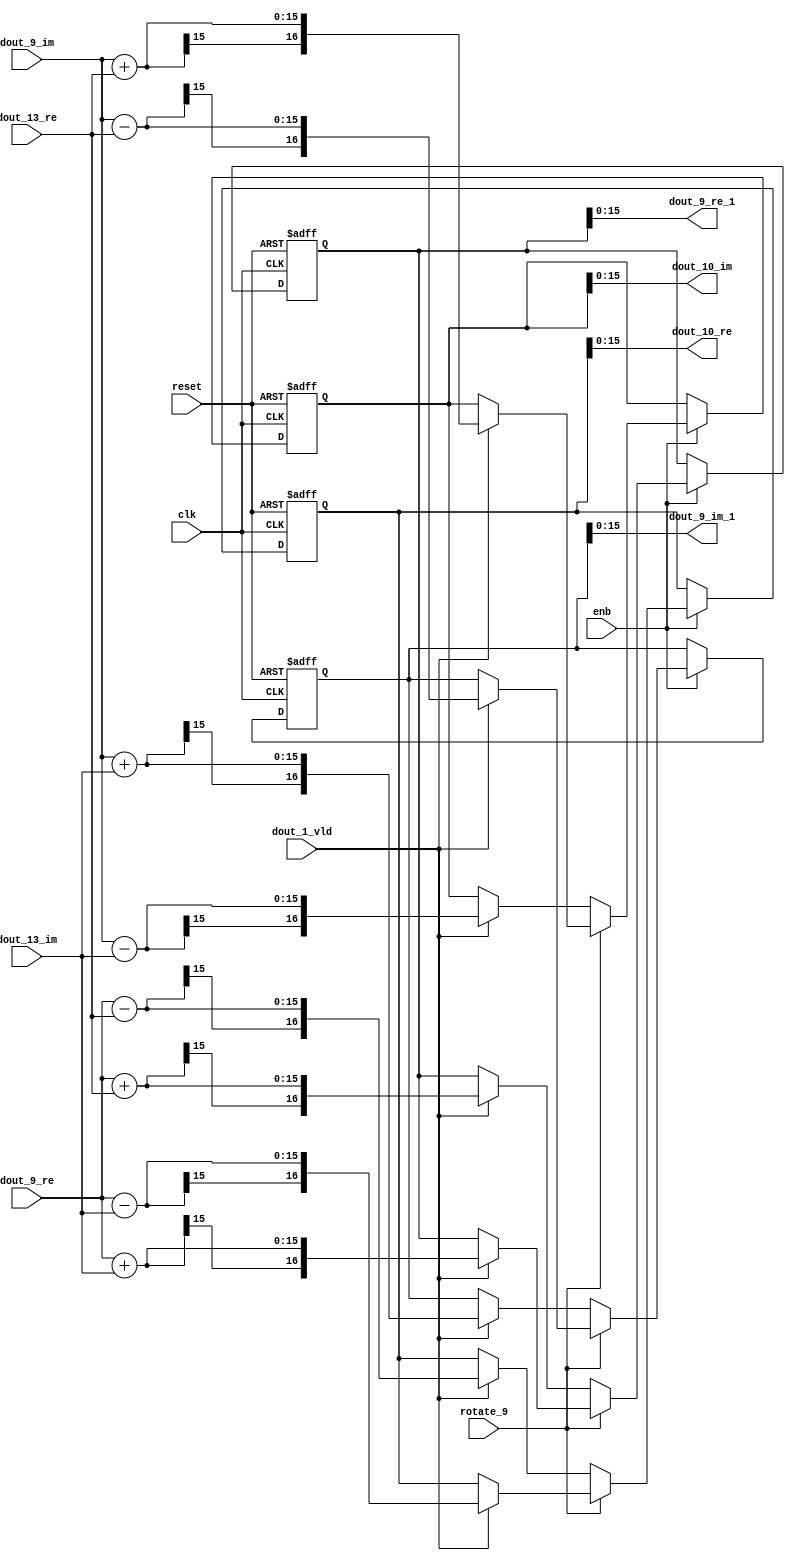
// -------------------------------------------------------------
// 
// 
// Generated by MATLAB 9.14 and HDL Coder 4.1
// 
// -------------------------------------------------------------


// -------------------------------------------------------------
// 
// Module: RADIX22FFT_SDNF2_4_block3
// Source Path: RSP/RSP/Velocity Processor/Doppler Processing/Doppler Processor/FFT/RADIX22FFT_SDNF2_4
// Hierarchy Level: 5
// 
// -------------------------------------------------------------

`timescale 1 ns / 1 ns

module RADIX22FFT_SDNF2_4_block3
          (clk,
           reset,
           enb,
           rotate_9,
           dout_9_re,
           dout_9_im,
           dout_13_re,
           dout_13_im,
           dout_1_vld,
           dout_9_re_1,
           dout_9_im_1,
           dout_10_re,
           dout_10_im);


  input   clk;
  input   reset;
  input   enb;
  input   rotate_9;  // ufix1
  input   signed [14:0] dout_9_re;  // sfix15_En10
  input   signed [14:0] dout_9_im;  // sfix15_En10
  input   signed [14:0] dout_13_re;  // sfix15_En10
  input   signed [14:0] dout_13_im;  // sfix15_En10
  input   dout_1_vld;
  output  signed [15:0] dout_9_re_1;  // sfix16_En10
  output  signed [15:0] dout_9_im_1;  // sfix16_En10
  output  signed [15:0] dout_10_re;  // sfix16_En10
  output  signed [15:0] dout_10_im;  // sfix16_En10


  wire signed [15:0] din1_re;  // sfix16_En10
  wire signed [15:0] din1_im;  // sfix16_En10
  wire signed [15:0] din2_re;  // sfix16_En10
  wire signed [15:0] din2_im;  // sfix16_En10
  reg  Radix22ButterflyG2_NF_din_vld_dly;
  reg signed [16:0] Radix22ButterflyG2_NF_btf1_re_reg;  // sfix17
  reg signed [16:0] Radix22ButterflyG2_NF_btf1_im_reg;  // sfix17
  reg signed [16:0] Radix22ButterflyG2_NF_btf2_re_reg;  // sfix17
  reg signed [16:0] Radix22ButterflyG2_NF_btf2_im_reg;  // sfix17
  reg  Radix22ButterflyG2_NF_din_vld_dly_next;
  reg signed [16:0] Radix22ButterflyG2_NF_btf1_re_reg_next;  // sfix17_En10
  reg signed [16:0] Radix22ButterflyG2_NF_btf1_im_reg_next;  // sfix17_En10
  reg signed [16:0] Radix22ButterflyG2_NF_btf2_re_reg_next;  // sfix17_En10
  reg signed [16:0] Radix22ButterflyG2_NF_btf2_im_reg_next;  // sfix17_En10
  reg signed [15:0] dout_9_re_2;  // sfix16_En10
  reg signed [15:0] dout_9_im_2;  // sfix16_En10
  reg signed [15:0] dout_10_re_1;  // sfix16_En10
  reg signed [15:0] dout_10_im_1;  // sfix16_En10
  reg  dout_4_vld;
  reg signed [16:0] Radix22ButterflyG2_NF_add_cast;  // sfix17_En10
  reg signed [16:0] Radix22ButterflyG2_NF_add_cast_0;  // sfix17_En10
  reg signed [16:0] Radix22ButterflyG2_NF_add_cast_1;  // sfix17_En10
  reg signed [16:0] Radix22ButterflyG2_NF_add_cast_2;  // sfix17_En10
  reg signed [16:0] Radix22ButterflyG2_NF_sub_cast;  // sfix17_En10
  reg signed [16:0] Radix22ButterflyG2_NF_sub_cast_0;  // sfix17_En10
  reg signed [16:0] Radix22ButterflyG2_NF_sub_cast_1;  // sfix17_En10
  reg signed [16:0] Radix22ButterflyG2_NF_sub_cast_2;  // sfix17_En10
  reg signed [16:0] Radix22ButterflyG2_NF_add_cast_3;  // sfix17_En10
  reg signed [16:0] Radix22ButterflyG2_NF_add_cast_4;  // sfix17_En10
  reg signed [16:0] Radix22ButterflyG2_NF_add_cast_5;  // sfix17_En10
  reg signed [16:0] Radix22ButterflyG2_NF_add_cast_6;  // sfix17_En10
  reg signed [16:0] Radix22ButterflyG2_NF_sub_cast_3;  // sfix17_En10
  reg signed [16:0] Radix22ButterflyG2_NF_sub_cast_4;  // sfix17_En10
  reg signed [16:0] Radix22ButterflyG2_NF_sub_cast_5;  // sfix17_En10
  reg signed [16:0] Radix22ButterflyG2_NF_sub_cast_6;  // sfix17_En10


  assign din1_re = {dout_9_re[14], dout_9_re};



  assign din1_im = {dout_9_im[14], dout_9_im};



  assign din2_re = {dout_13_re[14], dout_13_re};



  assign din2_im = {dout_13_im[14], dout_13_im};



  // Radix22ButterflyG2_NF
  always @(posedge clk or posedge reset)
    begin : Radix22ButterflyG2_NF_process
      if (reset == 1'b1) begin
        Radix22ButterflyG2_NF_din_vld_dly <= 1'b0;
        Radix22ButterflyG2_NF_btf1_re_reg <= 17'sb00000000000000000;
        Radix22ButterflyG2_NF_btf1_im_reg <= 17'sb00000000000000000;
        Radix22ButterflyG2_NF_btf2_re_reg <= 17'sb00000000000000000;
        Radix22ButterflyG2_NF_btf2_im_reg <= 17'sb00000000000000000;
      end
      else begin
        if (enb) begin
          Radix22ButterflyG2_NF_din_vld_dly <= Radix22ButterflyG2_NF_din_vld_dly_next;
          Radix22ButterflyG2_NF_btf1_re_reg <= Radix22ButterflyG2_NF_btf1_re_reg_next;
          Radix22ButterflyG2_NF_btf1_im_reg <= Radix22ButterflyG2_NF_btf1_im_reg_next;
          Radix22ButterflyG2_NF_btf2_re_reg <= Radix22ButterflyG2_NF_btf2_re_reg_next;
          Radix22ButterflyG2_NF_btf2_im_reg <= Radix22ButterflyG2_NF_btf2_im_reg_next;
        end
      end
    end

  always @(Radix22ButterflyG2_NF_btf1_im_reg, Radix22ButterflyG2_NF_btf1_re_reg,
       Radix22ButterflyG2_NF_btf2_im_reg, Radix22ButterflyG2_NF_btf2_re_reg,
       Radix22ButterflyG2_NF_din_vld_dly, din1_im, din1_re, din2_im, din2_re,
       dout_1_vld, rotate_9) begin
    Radix22ButterflyG2_NF_add_cast_1 = 17'sb00000000000000000;
    Radix22ButterflyG2_NF_add_cast_2 = 17'sb00000000000000000;
    Radix22ButterflyG2_NF_sub_cast_1 = 17'sb00000000000000000;
    Radix22ButterflyG2_NF_sub_cast_2 = 17'sb00000000000000000;
    Radix22ButterflyG2_NF_add_cast_5 = 17'sb00000000000000000;
    Radix22ButterflyG2_NF_add_cast_6 = 17'sb00000000000000000;
    Radix22ButterflyG2_NF_sub_cast_5 = 17'sb00000000000000000;
    Radix22ButterflyG2_NF_sub_cast_6 = 17'sb00000000000000000;
    Radix22ButterflyG2_NF_add_cast = 17'sb00000000000000000;
    Radix22ButterflyG2_NF_add_cast_0 = 17'sb00000000000000000;
    Radix22ButterflyG2_NF_sub_cast = 17'sb00000000000000000;
    Radix22ButterflyG2_NF_sub_cast_0 = 17'sb00000000000000000;
    Radix22ButterflyG2_NF_add_cast_3 = 17'sb00000000000000000;
    Radix22ButterflyG2_NF_add_cast_4 = 17'sb00000000000000000;
    Radix22ButterflyG2_NF_sub_cast_3 = 17'sb00000000000000000;
    Radix22ButterflyG2_NF_sub_cast_4 = 17'sb00000000000000000;
    Radix22ButterflyG2_NF_btf1_re_reg_next = Radix22ButterflyG2_NF_btf1_re_reg;
    Radix22ButterflyG2_NF_btf1_im_reg_next = Radix22ButterflyG2_NF_btf1_im_reg;
    Radix22ButterflyG2_NF_btf2_re_reg_next = Radix22ButterflyG2_NF_btf2_re_reg;
    Radix22ButterflyG2_NF_btf2_im_reg_next = Radix22ButterflyG2_NF_btf2_im_reg;
    Radix22ButterflyG2_NF_din_vld_dly_next = dout_1_vld;
    if (rotate_9 != 1'b0) begin
      if (dout_1_vld) begin
        Radix22ButterflyG2_NF_add_cast_1 = {din1_re[15], din1_re};
        Radix22ButterflyG2_NF_add_cast_2 = {din2_im[15], din2_im};
        Radix22ButterflyG2_NF_btf1_re_reg_next = Radix22ButterflyG2_NF_add_cast_1 + Radix22ButterflyG2_NF_add_cast_2;
        Radix22ButterflyG2_NF_sub_cast_1 = {din1_re[15], din1_re};
        Radix22ButterflyG2_NF_sub_cast_2 = {din2_im[15], din2_im};
        Radix22ButterflyG2_NF_btf2_re_reg_next = Radix22ButterflyG2_NF_sub_cast_1 - Radix22ButterflyG2_NF_sub_cast_2;
        Radix22ButterflyG2_NF_add_cast_5 = {din1_im[15], din1_im};
        Radix22ButterflyG2_NF_add_cast_6 = {din2_re[15], din2_re};
        Radix22ButterflyG2_NF_btf2_im_reg_next = Radix22ButterflyG2_NF_add_cast_5 + Radix22ButterflyG2_NF_add_cast_6;
        Radix22ButterflyG2_NF_sub_cast_5 = {din1_im[15], din1_im};
        Radix22ButterflyG2_NF_sub_cast_6 = {din2_re[15], din2_re};
        Radix22ButterflyG2_NF_btf1_im_reg_next = Radix22ButterflyG2_NF_sub_cast_5 - Radix22ButterflyG2_NF_sub_cast_6;
      end
    end
    else if (dout_1_vld) begin
      Radix22ButterflyG2_NF_add_cast = {din1_re[15], din1_re};
      Radix22ButterflyG2_NF_add_cast_0 = {din2_re[15], din2_re};
      Radix22ButterflyG2_NF_btf1_re_reg_next = Radix22ButterflyG2_NF_add_cast + Radix22ButterflyG2_NF_add_cast_0;
      Radix22ButterflyG2_NF_sub_cast = {din1_re[15], din1_re};
      Radix22ButterflyG2_NF_sub_cast_0 = {din2_re[15], din2_re};
      Radix22ButterflyG2_NF_btf2_re_reg_next = Radix22ButterflyG2_NF_sub_cast - Radix22ButterflyG2_NF_sub_cast_0;
      Radix22ButterflyG2_NF_add_cast_3 = {din1_im[15], din1_im};
      Radix22ButterflyG2_NF_add_cast_4 = {din2_im[15], din2_im};
      Radix22ButterflyG2_NF_btf1_im_reg_next = Radix22ButterflyG2_NF_add_cast_3 + Radix22ButterflyG2_NF_add_cast_4;
      Radix22ButterflyG2_NF_sub_cast_3 = {din1_im[15], din1_im};
      Radix22ButterflyG2_NF_sub_cast_4 = {din2_im[15], din2_im};
      Radix22ButterflyG2_NF_btf2_im_reg_next = Radix22ButterflyG2_NF_sub_cast_3 - Radix22ButterflyG2_NF_sub_cast_4;
    end
    dout_9_re_2 = Radix22ButterflyG2_NF_btf1_re_reg[15:0];
    dout_9_im_2 = Radix22ButterflyG2_NF_btf1_im_reg[15:0];
    dout_10_re_1 = Radix22ButterflyG2_NF_btf2_re_reg[15:0];
    dout_10_im_1 = Radix22ButterflyG2_NF_btf2_im_reg[15:0];
    dout_4_vld = Radix22ButterflyG2_NF_din_vld_dly;
  end



  assign dout_9_re_1 = dout_9_re_2;

  assign dout_9_im_1 = dout_9_im_2;

  assign dout_10_re = dout_10_re_1;

  assign dout_10_im = dout_10_im_1;

endmodule  // RADIX22FFT_SDNF2_4_block3